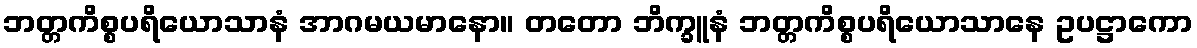
ဘတ္တကိစ္စပရိယောသာနံ အာဂမယမာနော။ တတော ဘိက္ခူနံ ဘတ္တကိစ္စပရိယောသာနေ ဥပဋ္ဌာကော